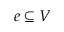
e \subseteq V